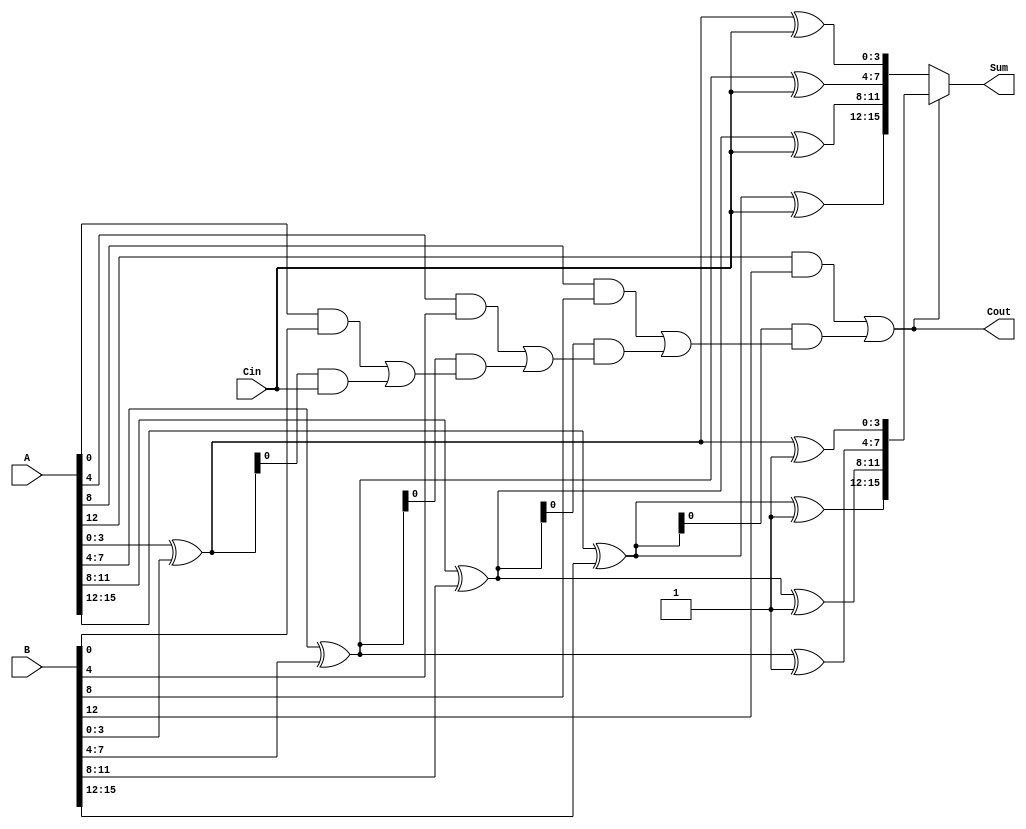
module carry_select_adder (
    input [15:0] A,      // 16-bit input A
    input [15:0] B,      // 16-bit input B
    input Cin,           // Carry input
    output [15:0] Sum,   // 16-bit sum output
    output Cout          // Carry output
);

    wire [3:0] P [3:0];  // Propagate signals for each segment
    wire [3:0] G [3:0];  // Generate signals for each segment
    wire [3:0] C;        // Carry outputs for each segment
    wire [15:0] Sum0;    // Sum outputs for Cin = 0
    wire [15:0] Sum1;    // Sum outputs for Cin = 1

    // Generate and Propagate for each segment
    genvar i;
    generate
        for (i = 0; i < 4; i = i + 1) begin : segment
            assign P[i] = A[i*4 +: 4] ^ B[i*4 +: 4]; // Propagate
            assign G[i] = A[i*4 +: 4] & B[i*4 +: 4]; // Generate
        end
    endgenerate

    // Carry Lookahead Logic
    assign C[0] = G[0] | (P[0] & Cin);
    assign C[1] = G[1] | (P[1] & C[0]);
    assign C[2] = G[2] | (P[2] & C[1]);
    assign C[3] = G[3] | (P[3] & C[2]);

    // Sum calculations for Cin = 0 and Cin = 1
    generate
        for (i = 0; i < 4; i = i + 1) begin : sum_calculation
            assign Sum0[i*4 +: 4] = P[i] ^ Cin; // Sum when Cin = 0
            assign Sum1[i*4 +: 4] = P[i] ^ 1'b1; // Sum when Cin = 1
        end
    endgenerate

    // MUX selection for final sum based on carry
    assign Sum = (C[3] ? Sum1 : Sum0);
    assign Cout = C[3]; // Final carry output

endmodule